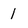
Character: 1